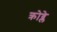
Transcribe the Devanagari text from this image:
क्रोव्ले